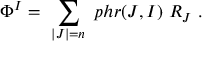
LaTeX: \Phi ^ { I } = \ \sum _ { | J | = n } \ p h r ( J , I ) \ R _ { J } \ .